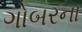
ગોબરના